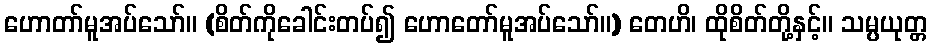
ဟောတာ်မူအပ်သော်။ (စိတ်ကိုခေါင်းတပ်၍ ဟောတော်မူအပ်သော်။) တေဟိ၊ ထိုစိတ်တို့နှင့်။ သမ္ပယုတ္တ